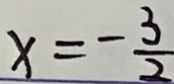
x = - \frac { 3 } { 2 }